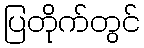
ပြတိုက်တွင်